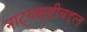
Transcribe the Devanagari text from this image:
नाट्यसृष्टीबद्दल